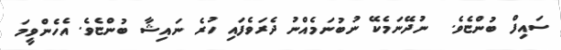
ސައިފް ބުންޏެވެ.  ނުދޭނަމެކޭ ނުބުނަމެއްނު ދެރަވެފައި ހުރެ ނައިޝާ ބުންޏެވެ. އެހެންވީމަ